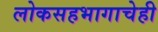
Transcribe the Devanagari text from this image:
लोकसहभागाचेही